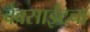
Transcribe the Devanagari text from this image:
वेबसाईटचा